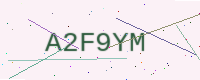
Text: A2F9YM